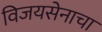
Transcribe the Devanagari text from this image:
विजयसेनाचा